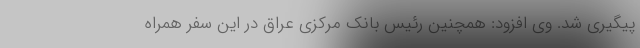
پیگیری شد. وی افزود: همچنین رئیس بانک مرکزی عراق در این سفر همراه